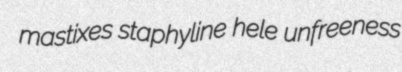
mastixes staphyline hele unfreeness